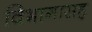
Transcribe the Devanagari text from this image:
विभागासह